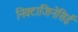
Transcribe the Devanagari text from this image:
निक्टाजिनेसिई